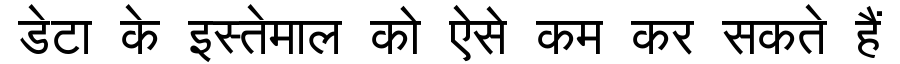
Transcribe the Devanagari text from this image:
डेटा के इस्तेमाल को ऐसे कम कर सकते हैं